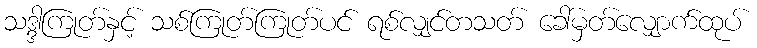
သဒ္ဒါကြုတ်နှင့် သစ်ကြုတ်ကြုတ်ပင် ရစ်လျှင်တသတ် ခေါ်မှတ်လျှောက်ထုပ်